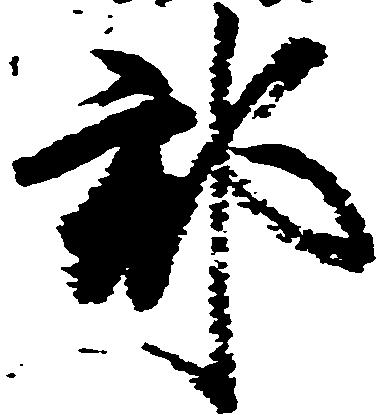
郡